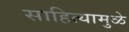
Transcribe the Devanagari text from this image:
साहित्यामुळे